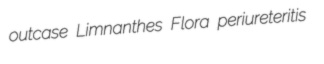
outcase Limnanthes Flora periureteritis